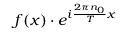
f ( x ) \cdot e ^ { i { \frac { 2 \pi n _ { 0 } } { T } } x }